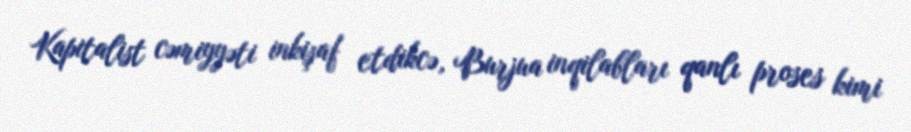
Kapitalist cəmiyyəti inkişaf etdikcə, Burjua inqilabları qanlı proses kimi